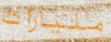
مليارات